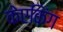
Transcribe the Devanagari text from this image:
केएकिंग